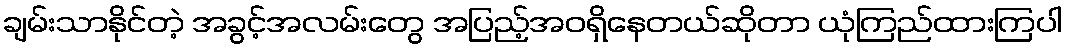
ချမ်းသာနိုင်တဲ့ အခွင့်အလမ်းတွေ အပြည့်အဝရှိနေတယ်ဆိုတာ ယုံကြည်ထားကြပါ